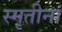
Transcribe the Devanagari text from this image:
स्मृतीनां